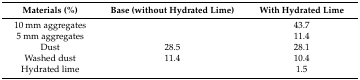
<table><thead><tr><td><b>Materials (%)</b></td><td><b>Base (without Hydrated Lime)</b></td><td><b>With Hydrated Lime</b></td></tr></thead><tbody><tr><td>10 mm aggregates</td><td>[EMPTY_CELL]</td><td>43.7</td></tr><tr><td>5 mm aggregates</td><td>[EMPTY_CELL]</td><td>11.4</td></tr><tr><td>Dust</td><td>28.5</td><td>28.1</td></tr><tr><td>Washed dust</td><td>11.4</td><td>10.4</td></tr><tr><td>Hydrated lime</td><td>[EMPTY_CELL]</td><td>1.5</td></tr></tbody></table>